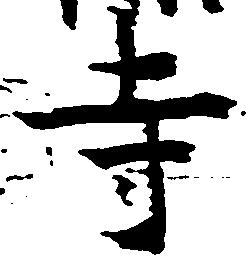
寺